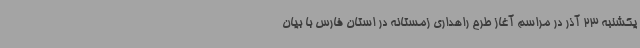
یکشنبه 23 آذر در مراسم آغاز طرح راهداری زمستانه در استان فارس با بیان